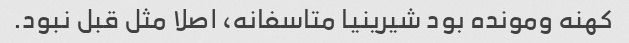
کهنه و‌مونده بود شیرینیا متاسفانه، اصلا مثل قبل نبود.